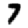
Digit: 7